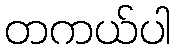
တကယ်ပါ